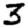
Digit: 3